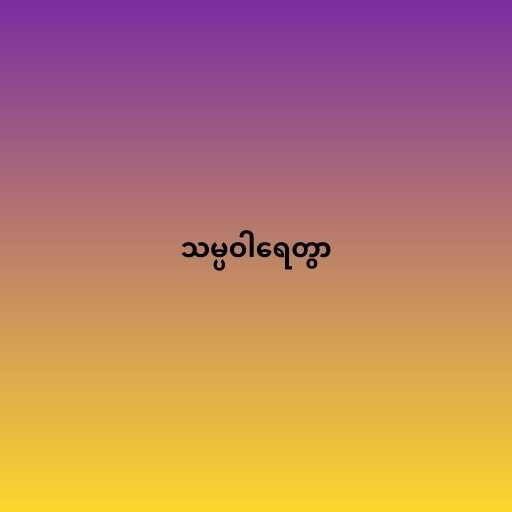
သမ္ပဝါရေတွာ